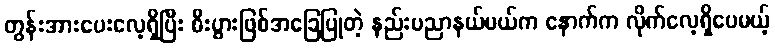
တွန်းအားပေးလေ့ရှိပြီး စီးပွားဖြစ်အခြေပြုတဲ့ နည်းပညာနယ်ပယ်က နောက်က လိုက်လေ့ရှိပေမယ့်